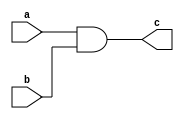
`timescale 1ns / 1ps
//////////////////////////////////////////////////////////////////////////////////
// Company: 
// Engineer: 
// 
// Design Name: 
// Module Name: and_2
// Project Name: 
// Target Devices: 
// Tool Versions: 
// Description: 
// 
// Dependencies: 
// 
// Revision:
// Revision 0.01 - File Created
// Additional Comments:
// 
//////////////////////////////////////////////////////////////////////////////////


module and_2(
    input a,b,
    output c
    );
    assign c=a&b;
endmodule